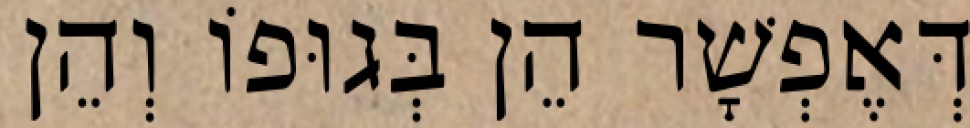
דְּאֶפְשָׁר הֵן בְּגוּפוֹ וְהֵן